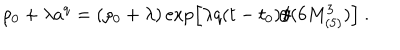
\rho _ { 0 } + \lambda a ^ { q } = \left( \rho _ { 0 } + \lambda \right) \exp \left[ \lambda q ( t - t _ { 0 } ) / ( 6 M _ { ( 5 ) } ^ { 3 } ) \right] \ .